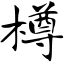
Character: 樽